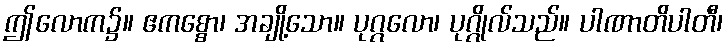
ဤလောက၌။ ဧကစ္စော၊ အချို့သော။ ပုဂ္ဂလော၊ ပုဂ္ဂိုလ်သည်။ ပါဏာတိပါတီ၊